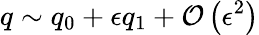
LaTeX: q\sim q_{0}+\epsilon q_{1}+\mathcal{O}\left(\epsilon^{2}\right)